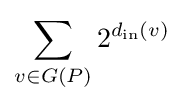
\sum _{v\in G(P)}2^{d_{\operatorname {in} }(v)}